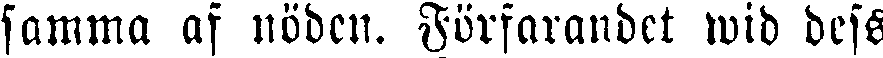
samma af nöden. Förfarandet wid dess